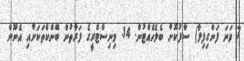
7 ވަނަ ފަންގިފިލާ) ސާފުކޮށް ބެލެހެއްޓުން. 14. މިނިސްޓްރީގެ ފަރާތުން ބޭންކްތަކަށާއި އެނޫން